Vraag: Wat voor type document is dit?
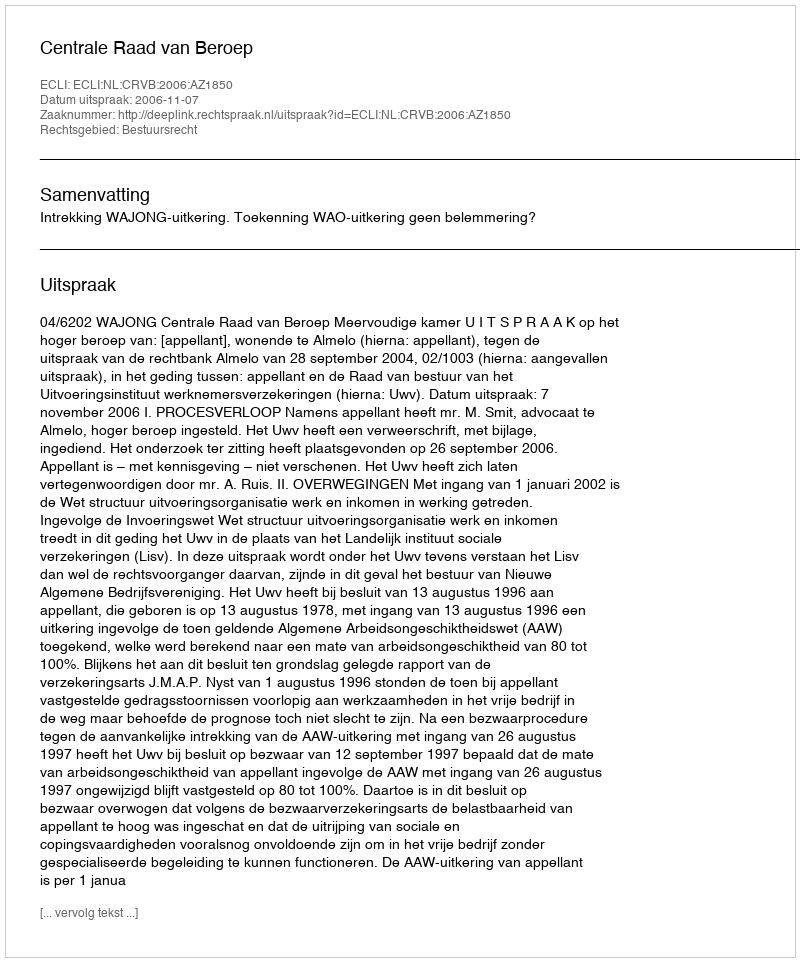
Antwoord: Uitspraak